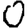
Digit: 0